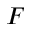
F